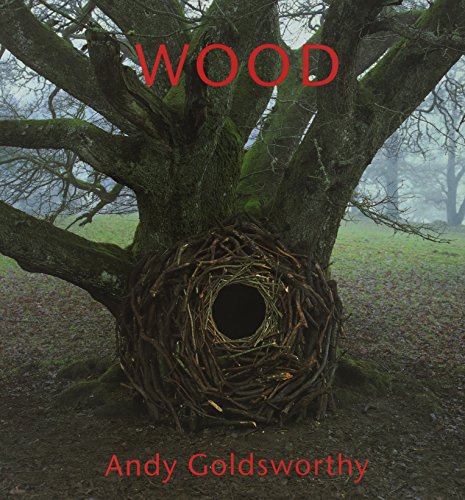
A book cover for Wood; Andy Goldsworthy; Arts & Photography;